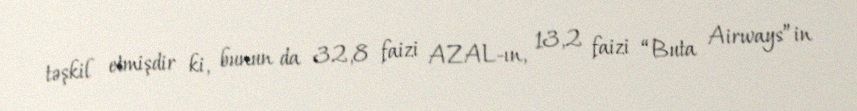
təşkil etmişdir ki, bunun da 32,8 faizi AZAL-ın, 13,2 faizi “Buta Airways”in